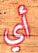
أي